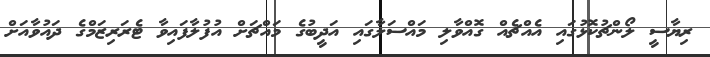
ރިޔާސީ ލޯންޗުކޮޅުގައި އެއްޗެއް ގޮއްވާލި މައްސަލާގައި އަދީބުގެ މައްޗަށް އުފުލާފައިވާ ޓެރަރިޒަމްގެ ދައުވާއަށް